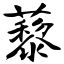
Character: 藜